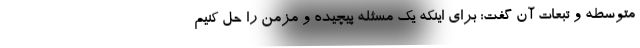
متوسطه و تبعات آن گفت: برای اینکه یک مسئله پیچیده و مزمن را حل کنیم